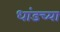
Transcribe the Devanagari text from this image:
धांडच्या